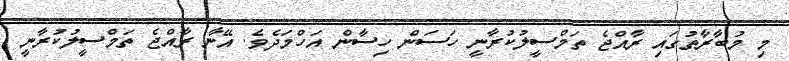
މި މުބާރާތުގައި ރާއްޖެ ތަމްސީލުކުރާނީ ހަސަން ހިސާން އަހްމަދެވެ. އޭނާ ރާއްޖެ ތަމްސީލުކުރާނީ